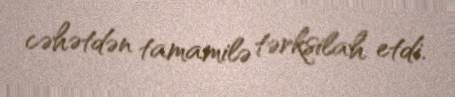
cəhətdən tamamilə tərksilah etdi.